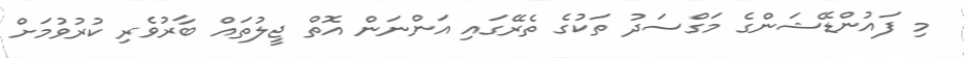
މި ފައުންޑޭޝަންގެ މަގްސަދު ތަކުގެ ތެރޭގައި އަންނަން އޮތް ޖީލުތައް ބާރުވެރި ކުރުވުމަށް